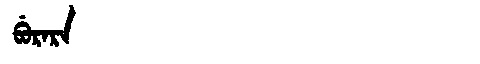
Manchu: ᠪᡠᡵᠠᡵᠠ
Romanization: BURARA